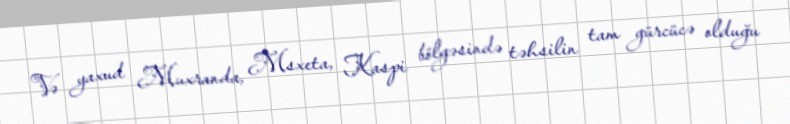
Və yaxud Muxranda, Msxeta, Kaspi bölgəsində təhsilin tam gürcücə olduğu